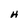
Character: H